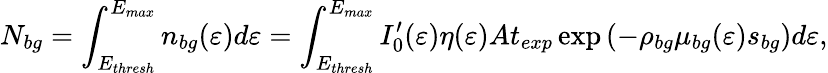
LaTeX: N_{bg}=\int_{E_{thresh}}^{E_{max}}n_{bg}(\varepsilon)d\varepsilon=\int_{E_{thresh}}^{E_{max}}I_{0}^{\prime}(\varepsilon)\eta(\varepsilon)At_{exp}\exp\left(-\rho_{bg}\mu_{bg}(\varepsilon)s_{bg}\right)d\varepsilon,